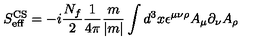
S _ { \mathrm { e f f } } ^ { \mathrm { C S } } = - i \frac { N _ { f } } { 2 } \frac { 1 } { 4 \pi } \frac { m } { | m | } \int d ^ { 3 } x \epsilon ^ { \mu \nu \rho } A _ { \mu } \partial _ { \nu } A _ { \rho }